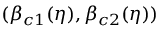
( \beta _ { c 1 } ( \eta ) , \beta _ { c 2 } ( \eta ) )